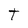
Character: T